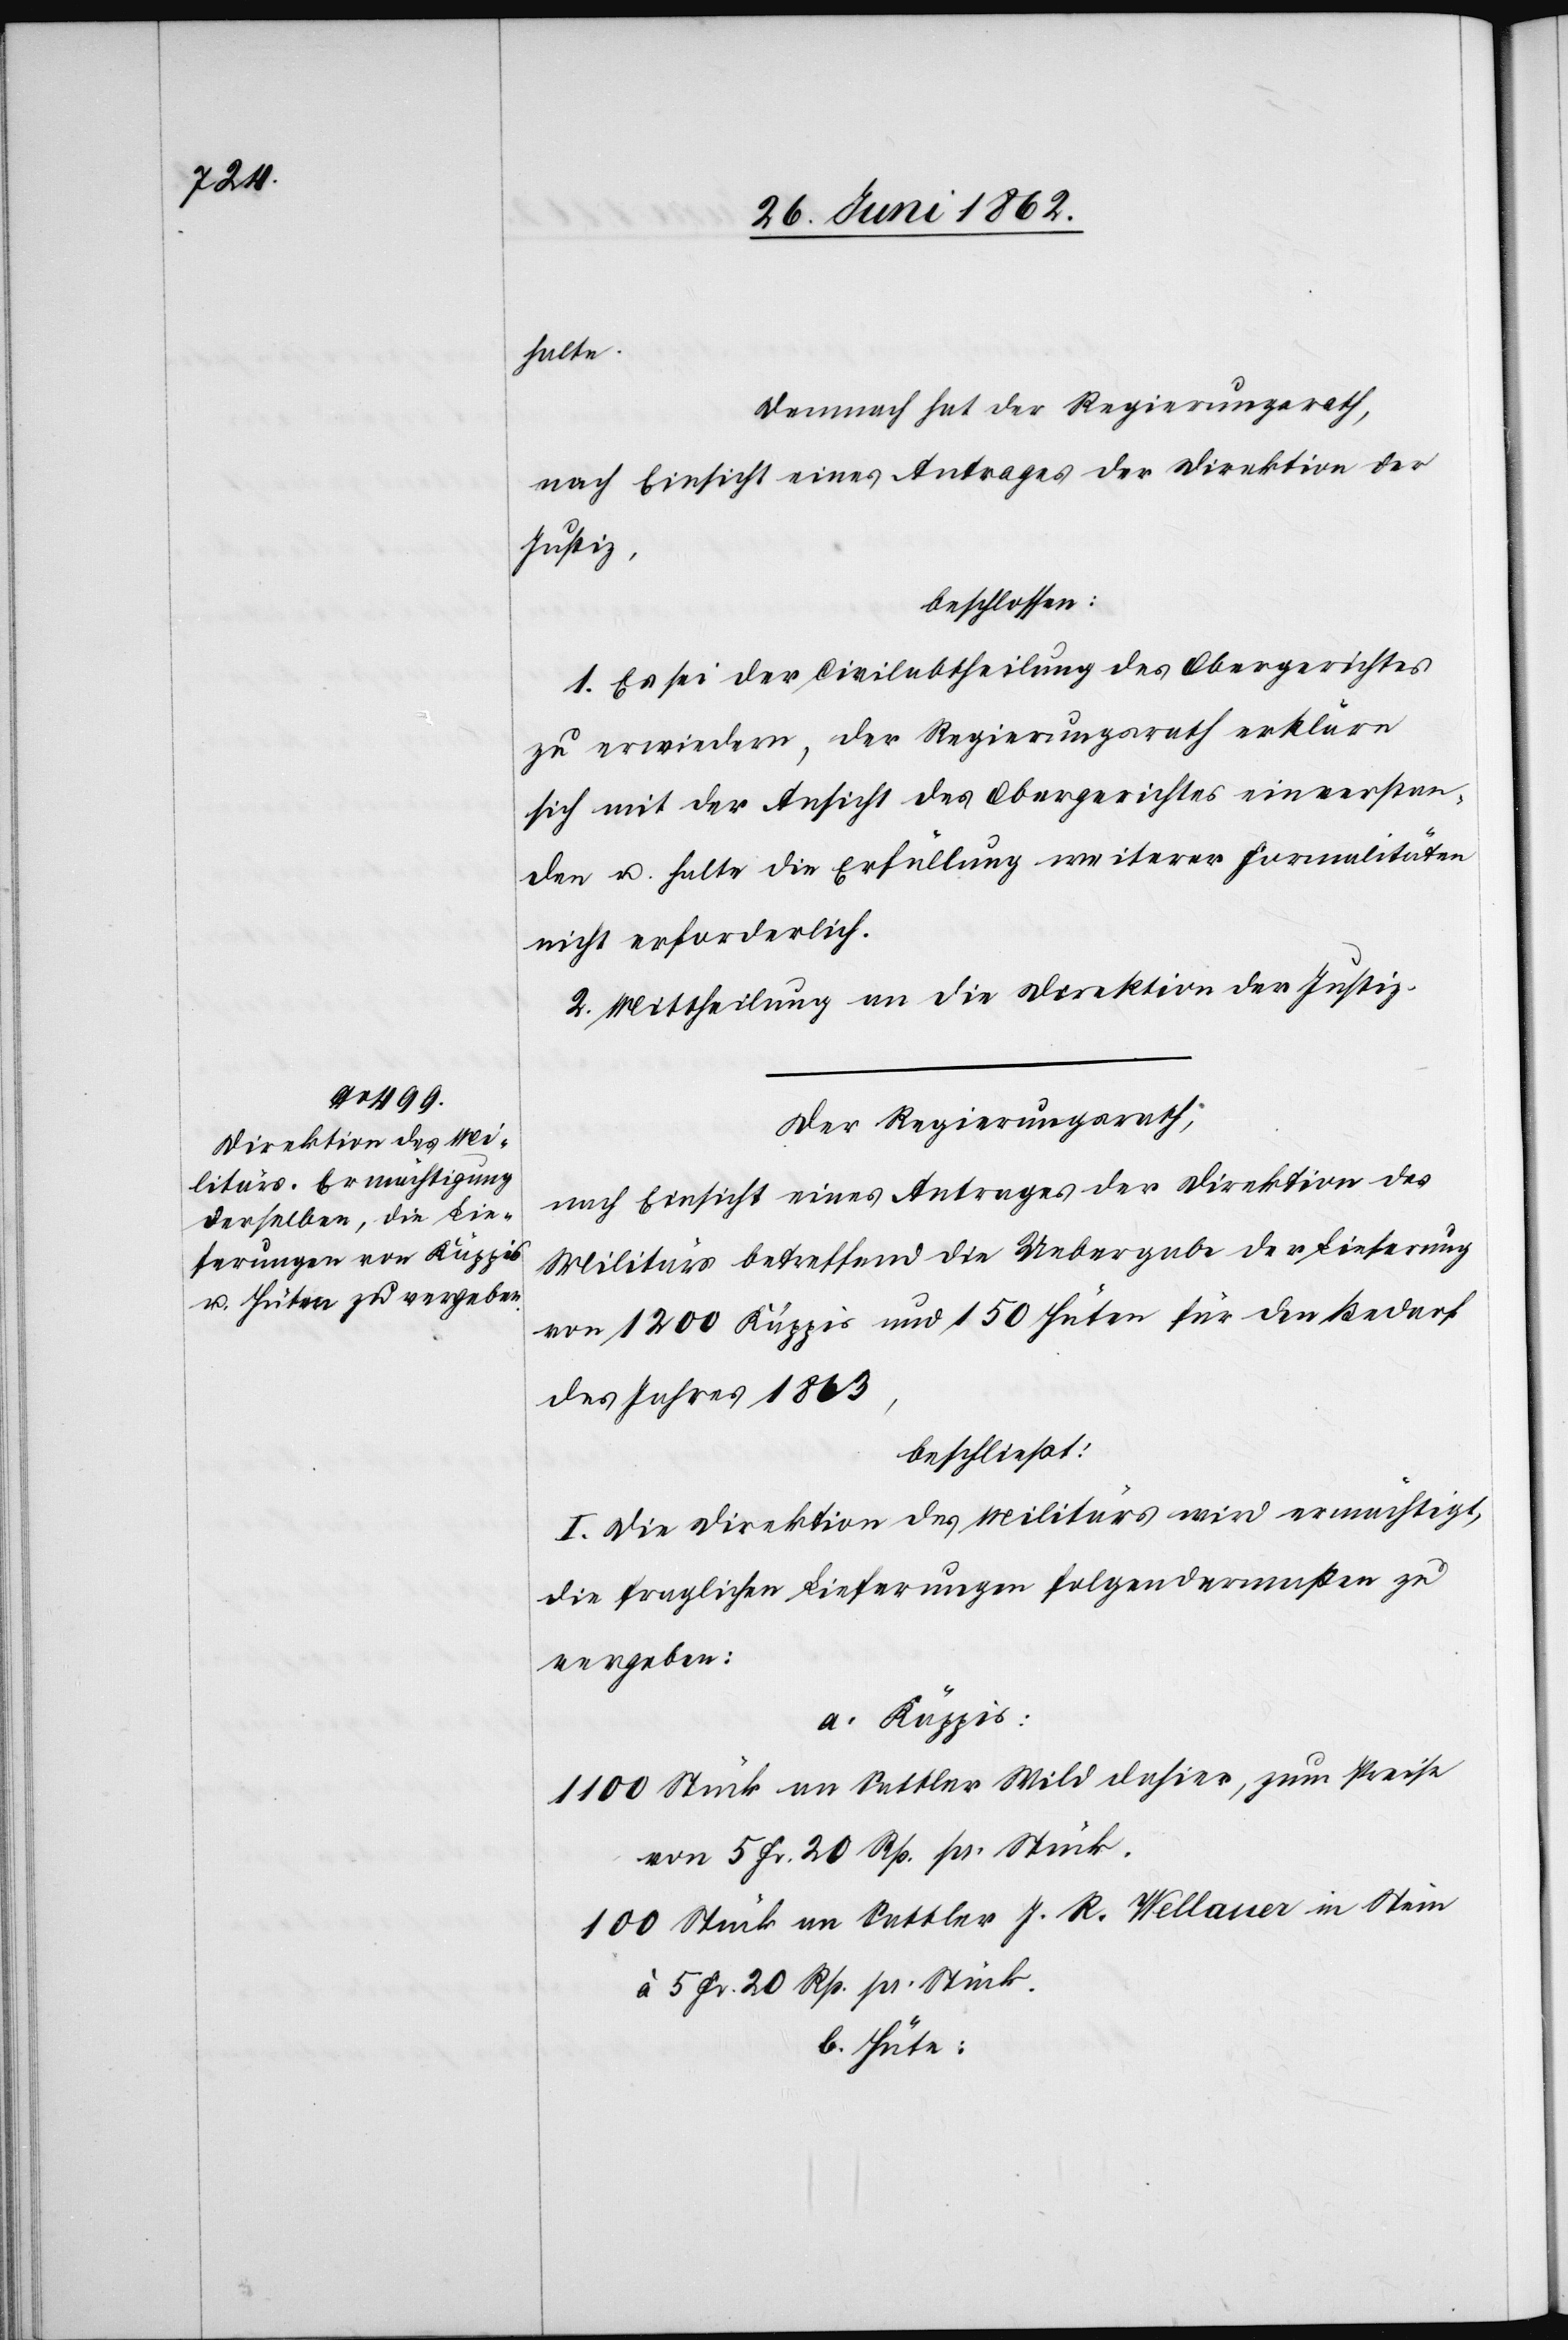
halte.
Demnach hat der Regierungsrath,
nach Einsicht eines Antrages der Direktion der
Justiz,
beschlossen:
1. Es sei der Civilabtheilung des Obergerichtes
zu erwiedern, der Regierungsrath erkläre
sich mit der Ansicht des Obergerichtes einverstan¬
den u. halte die Erfüllung weiterer Formalitäten
nicht erforderlich.
2. Mittheilung an die Direktion der Justiz.
Der Regierungsrath,
nach Einsicht eines Antrages der Direktion des
Militärs betreffend die Uebergabe der Lieferung
von 1200 Käppis und 150 Hüten für den Bedarf
des Jahres 1863,
beschließt:
I. Die Direktion des Militärs wird ermächtigt,
die fraglichen Lieferungen folgendermaßen zu
vergeben:
a. Käppis.
1100 Stück an Sattler Wild dahier, zum Preise
von 5 Fr, 20 Rp. pr. Stück.
100 Stück an Sattler J. R. Wellaner in Stein
à 5 Fr. 20 Rp. pr. Stück.
b. Hüte.